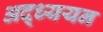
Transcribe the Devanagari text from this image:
अद्ध्ययन